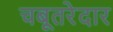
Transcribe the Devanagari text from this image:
चबूतरेदार